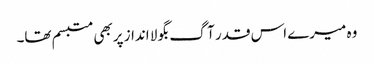
وہ میرے اس قدر آگ بگولا انداز پربھی متبسم تھا۔